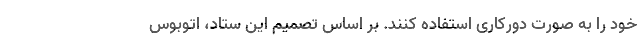
خود را به صورت دورکاری استفاده کنند. بر اساس تصمیم این ستاد، اتوبوس